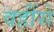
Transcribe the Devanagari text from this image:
वहींसे